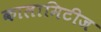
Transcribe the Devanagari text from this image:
कालामिटीज